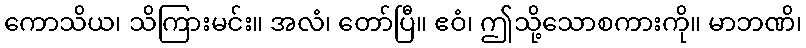
ကောသိယ၊ သိကြားမင်း။ အလံ၊ တော်ပြီ။ ဧဝံ၊ ဤသို့သောစကားကို။ မာဘဏိ၊